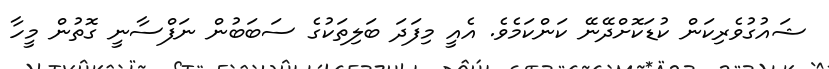
ޝައުގުވެރިކަން ކުޑަކޮށްދޭނޭ ކަންކަމެވެ. އެއީ މިފަދަ ބަލިތަކުގެ ސަބަބުން ނަފްސާނީ ގޮތުން މީހާ